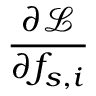
\frac { \partial \mathcal { L } } { \partial f _ { s , i } }